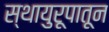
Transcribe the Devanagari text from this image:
स्थायुरूपातून